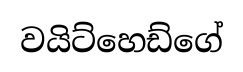
වයිට්හෙඩ්ගේ